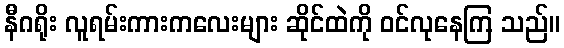
နီဂရိုး လူရမ်းကားကလေးများ ဆိုင်ထဲကို ဝင်လုနေကြ သည်။